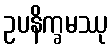
ဥပနိက္ခမဿု